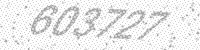
Solution: 603727